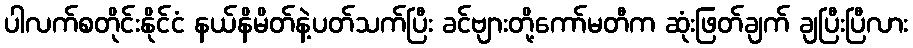
ပါလက်စတိုင်းနိုင်ငံ နယ်နိမိတ်နဲ့ပတ်သက်ပြီး ခင်ဗျားတို့ကော်မတီက ဆုံးဖြတ်ချက် ချပြီးပြီလား